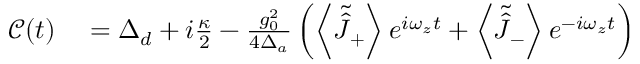
\begin{array} { r l } { \mathcal { C } ( t ) } & { { } = \Delta _ { d } + i \frac { \kappa } { 2 } - \frac { g _ { 0 } ^ { 2 } } { 4 \Delta _ { a } } \left( \left\langle \tilde { \hat { J } } _ { + } \right\rangle e ^ { i \omega _ { z } t } + \left\langle \tilde { \hat { J } } _ { - } \right\rangle e ^ { - i \omega _ { z } t } \right) } \end{array}